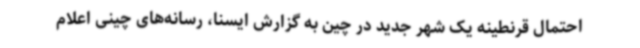
احتمال قرنطینه یک شهر جدید در چین به گزارش ایسنا، رسانه‌های چینی اعلام